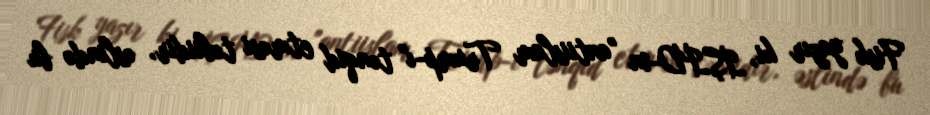
Fisk yazır ki, İŞİD-in "antiislam Trump-ı" tənqid etməsi təbiidir, əslində bu